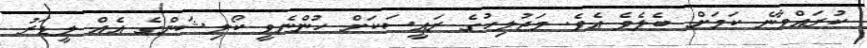
ކުރައްވާނެ ކަމަށް ބެލެވެ އެވެ. މަޖުލިހުގެ ރައީސަކަށް ހުންނެވީ ކޯލިޝަންގެ އެއް ލީޑަރު